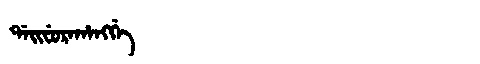
Manchu: ᡩᠠᡳᠸᡠᡵᠠᡥᠠᠩᡤᡝ
Romanization: DAIFURAHANGGE